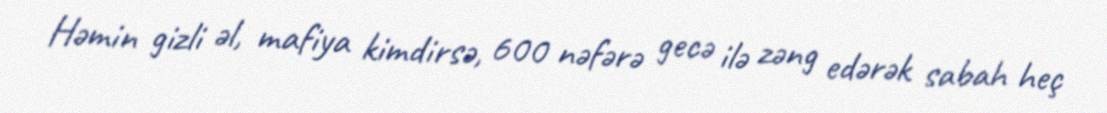
Həmin gizli əl, mafiya kimdirsə, 600 nəfərə gecə ilə zəng edərək sabah heç